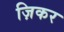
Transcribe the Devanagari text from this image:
ज़िकर